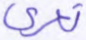
تعرى